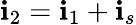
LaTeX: \mathbf{i}_{2}=\mathbf{i}_{1}+\mathbf{i}_{s}